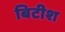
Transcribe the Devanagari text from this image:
बिटीश